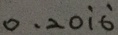
0 . 2 0 \dot { 1 } \dot { 6 }